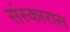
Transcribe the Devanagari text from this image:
संस्कारास